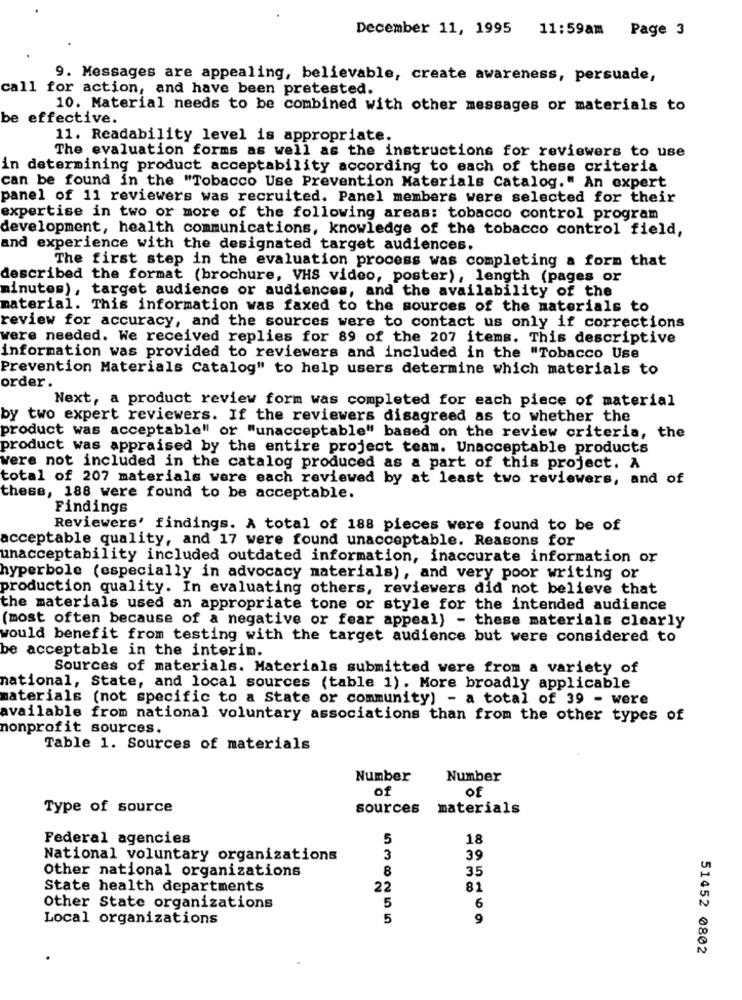
December 11, 1995 11:59am Page 3
9. Messages are appealing, believable, create awareness, persuade,
call for action, and have been pretested.
10. Material needs to be combined with other messages or materials to
be effective.
11. Readability level is appropriate.
The evaluation forms as well as the instructions for reviewers to use
in determining product acceptability according to each of these criteria
can be found in the "Tobacco Use Prevention Materials Catalog." An expert
panel of 11 reviewers was recruited. Panel members were selected for their
expertise in two or more of the following areas: tobacco control program
development, health communications, knowledge of the tobacco control field,
and experience with the designated target audiences.
The first step in the evaluation process was completing a form that
described the format (brochure, VHS video, poster), length (pages or
minutes), target audience or audiences, and the availability of the
material. This information was faxed to the sources of the materials to
review for accuracy, and the sources were to contact us only if corrections
were needed. We received replies for 89 of the 207 items. This descriptive
information was provided to reviewers and included in the "Tobacco Use
Prevention Materials Catalog" to help users determine which materials to
order.
Next, a product review form was completed for each piece of material
by two expert reviewers. If the reviewers disagreed as to whether the
product was acceptable" or "unacceptable" based on the review criteria, the
product was appraised by the entire project team. Unacceptable products
were not included in the catalog produced as a part of this project. A
total of 207 materials were each reviewed by at least two reviewers, and of
these, 188 were found to be acceptable.
Findings
Reviewers' findings. A total of 188 pieces were found to be of
acceptable quality, and 17 were found unacceptable. Reasons for
unacceptability included outdated information, inaccurate information or
hyperbole (especially in advocacy materials), and very poor writing or
production quality. In evaluating others, reviewers did not believe that
the materials used an appropriate tone or style for the intended audience
(most often because of a negative or fear appeal) - these materials clearly
would benefit from testing with the target audience but were considered to
be acceptable in the interim.
Sources of materials. Materials submitted were from a variety of
national, State, and local sources (table 1). More broadly applicable
materials (not specific to a State or community) - a total of 39 - were
available from national voluntary associations than from the other types of
nonprofit sources.
Table 1. Sources of materials
Number
Number
of
of
Type of source
sources
materials
Federal agencies
5
18
National voluntary organizations
3
39
Other national organizations
8
35
State health departments
22
81
5
Other State organizations
6
Local organizations
5
9
51452 0802